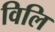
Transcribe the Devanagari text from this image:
विलि